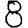
Digit: 8